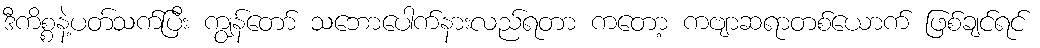
ဒီကိစ္စနဲ့ပတ်သက်ပြီး ကျွန်တော် သဘောပေါက်နားလည်ရတာ ကတော့ ကဗျာဆရာတစ်ယောက် ဖြစ်ချင်ရင်